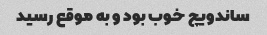
ساندویچ خوب بود و به موقع رسید